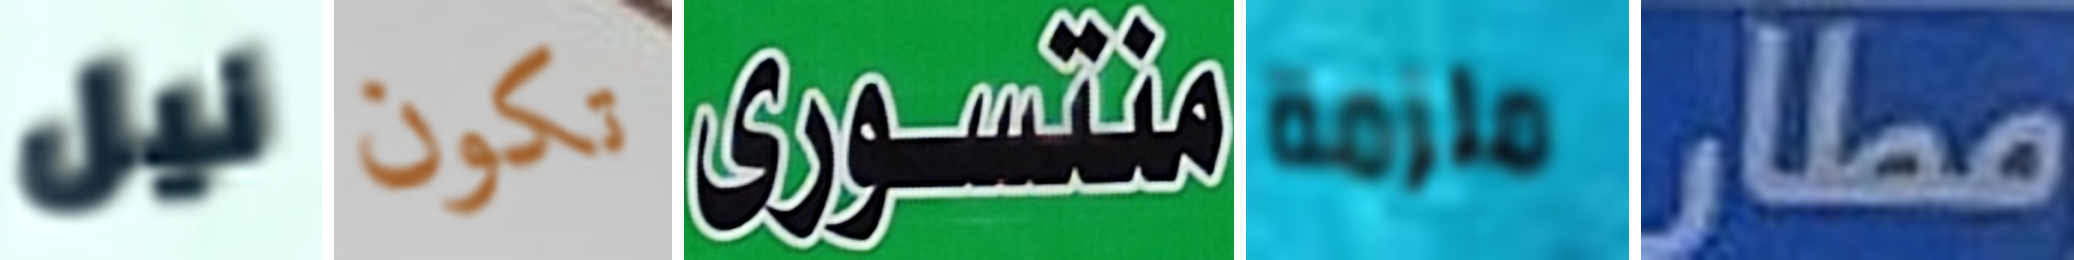
نيل تكون منتسورى ملزمة مطار